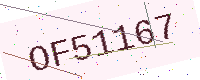
Text: OF51167